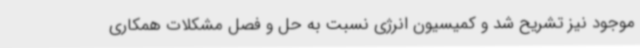
موجود نیز تشریح شد و کمیسیون انرژی نسبت به حل و فصل مشکلات همکاری